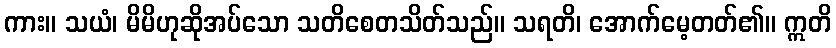
ကား။ သယံ၊ မိမိဟုဆိုအပ်သော သတိစေတသိတ်သည်။ သရတိ၊ အောက်မေ့တတ်၏။ ဣတိ